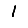
Digit: 1